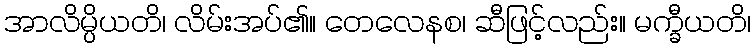
အာလိမ္ပိယတိ၊ လိမ်းအပ်၏။ တေလေနစ၊ ဆီဖြင့်လည်း။ မက္ခီယတိ၊